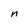
Character: n